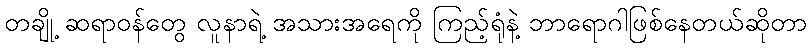
တချို့ ဆရာဝန်တွေ လူနာရဲ့ အသားအရေကို ကြည့်ရုံနဲ့ ဘာရောဂါဖြစ်နေတယ်ဆိုတာ